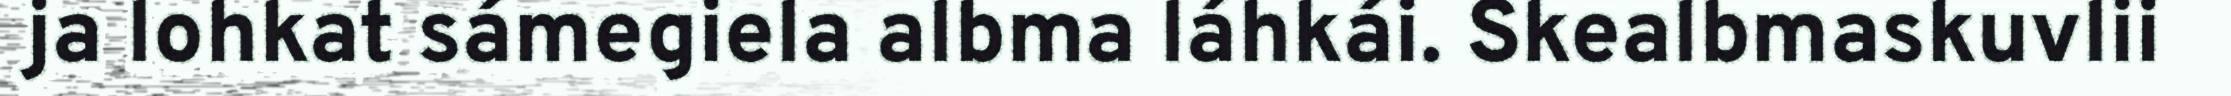
ja lohkat sámegiela albma láhkái. Skealbmaskuvlii